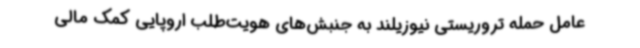
عامل حمله تروریستی نیوزیلند به جنبش‌های هویت‌طلب اروپایی کمک مالی